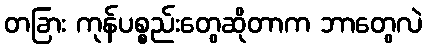
တခြား ကုန်ပစ္စည်းတွေဆိုတာက ဘာတွေလဲ